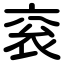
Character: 衮